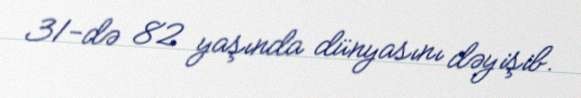
31-də 82 yaşında dünyasını dəyişib.